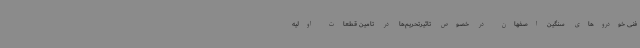
فنی خودروهای سنگین اصفهان در خصوص تاثیرتحریم‌ها در تامین قطعات اولیه